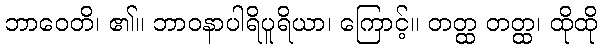
ဘာဝေတိ၊ ၏။ ဘာဝနာပါရိပူရိယာ၊ ကြောင့်။ တတ္ထ တတ္ထ၊ ထိုထို